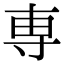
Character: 専